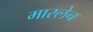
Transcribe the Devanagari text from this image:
मारलेच